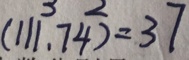
( 1 1 1 , 7 4 ) = 3 7